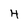
Character: H